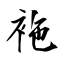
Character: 袘